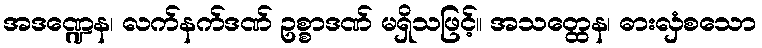
အဒဏ္ဍေန၊ လက်နက်ဒဏ် ဥစ္စာဒဏ် မရှိသဖြင့်။ အသတ္ထေန၊ ဓားလှံစသော